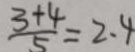
\frac { 3 + 4 } { 5 } = 2 . 4